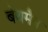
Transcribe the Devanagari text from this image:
बेथमैन